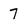
Character: 7